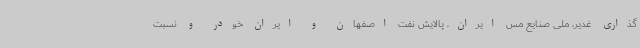
گذاری غدیر، ملی صنایع مس ایران، پالایش نفت اصفهان و ایران خودر و نسبت